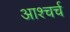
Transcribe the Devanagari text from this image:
आश्चर्च